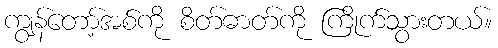
ကျွန်တော့်အစ်ကို စိတ်ဓာတ်ကို ကြိုက်သွားတယ်။